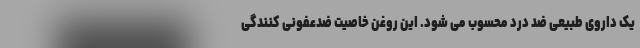
یک داروی طبیعی ضد درد محسوب می شود. این روغن خاصیت ضدعفونی کنندگی